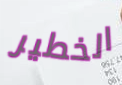
الخطير